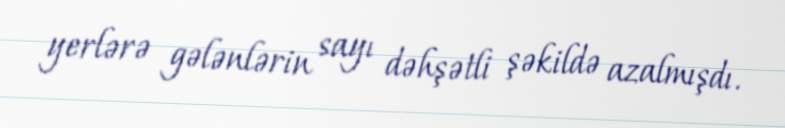
yerlərə gələnlərin sayı dəhşətli şəkildə azalmışdı.